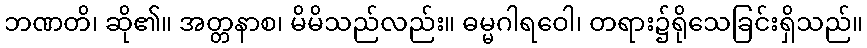
ဘဏတိ၊ ဆို၏။ အတ္တနာစ၊ မိမိသည်လည်း။ ဓမ္မဂါရဝေါ၊ တရား၌ရိုသေခြင်းရှိသည်။